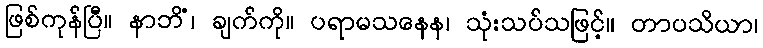
ဖြစ်ကုန်ပြီ။ နာဘိံ၊ ချက်ကို။ ပရာမသနေန၊ သုံးသပ်သဖြင့်။ တာပသိယာ၊